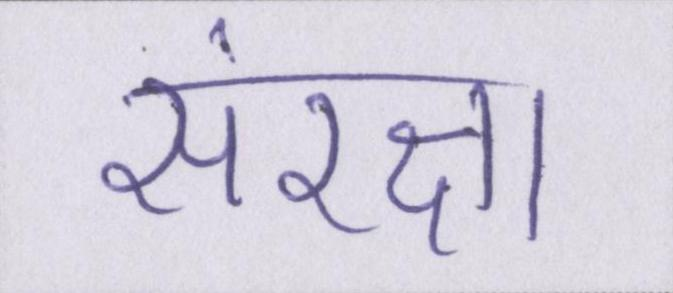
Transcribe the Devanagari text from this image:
संरक्षा